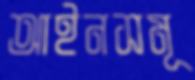
আইনসমূ